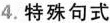
4.特殊句式